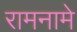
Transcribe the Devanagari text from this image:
रामनामे